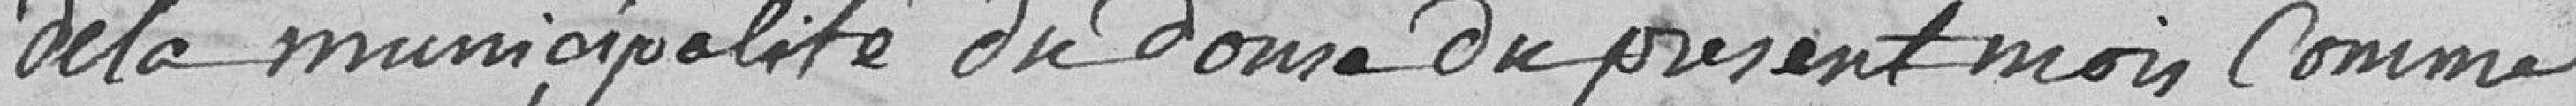
de la municipalité du douze du présent mois comme